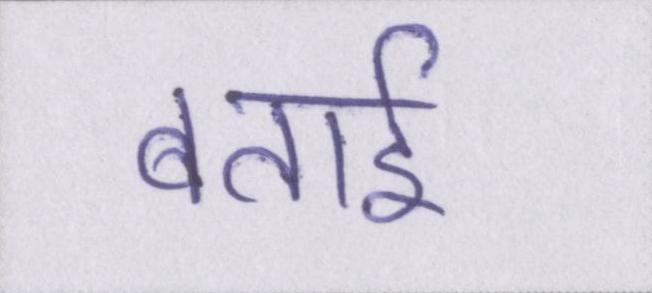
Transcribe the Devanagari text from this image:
बताई